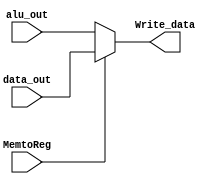
module mux_data(data_out, alu_out, MemtoReg, Write_data);
input [31:0] data_out, alu_out;
input MemtoReg;
output reg [31:0] Write_data;

always @(*)
begin
	if (MemtoReg == 1) begin
		Write_data = data_out;
	end else begin
		Write_data = alu_out;
	end
end
endmodule